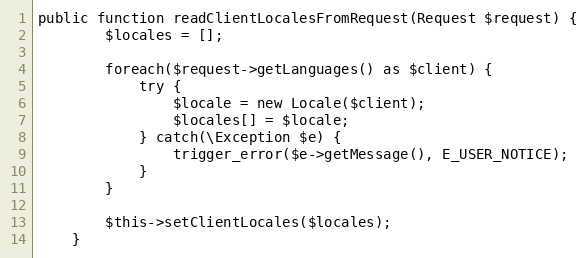
Language: PHP
public function readClientLocalesFromRequest(Request $request) {
        $locales = [];

        foreach($request->getLanguages() as $client) {
            try {
                $locale = new Locale($client);
                $locales[] = $locale;
            } catch(\Exception $e) {
                trigger_error($e->getMessage(), E_USER_NOTICE);
            }
        }

        $this->setClientLocales($locales);
    }